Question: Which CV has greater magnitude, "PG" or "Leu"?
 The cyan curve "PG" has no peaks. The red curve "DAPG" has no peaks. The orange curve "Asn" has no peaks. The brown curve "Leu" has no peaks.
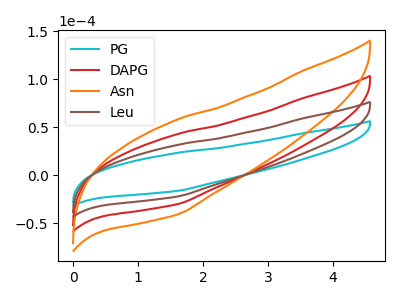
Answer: <think>Neither "PG" or "Leu" have any peaks.
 </think>
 <answer>I cant tell if "PG" or "Leu" has more signal.</answer>
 <eval>mixed_signal</eval>